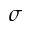
\sigma